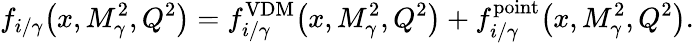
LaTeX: f_{i/\gamma}\! \left(x,M_{\gamma}^{2},Q^{2}\right)=f_{i/\gamma}^{\mathrm{VDM}}\! \left(x,M_{\gamma}^{2},Q^{2}\right)+f_{i/\gamma}^{\mathrm{point}}\! \left(x,M_{\gamma}^{2},Q^{2}\right).